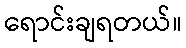
ရောင်းချရတယ်။